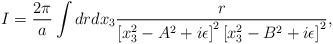
\begin{align*}I = {2\pi \over a}\int{drdx_3{r \over \left[ x_3^2 - A^2 +i\epsilon \right]^2 \left[x_3^2 - B^2 + i\epsilon\right]^2}},\end{align*}